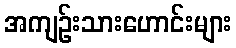
အကျဉ်းသားဟောင်းများ